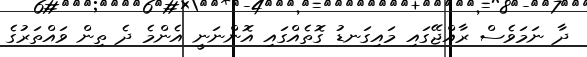
ދާ ނަމަވެސް ރާއްޖޭގައި މައިގަނޑު ގޮތެއްގައި އޮންނަނީ އެންމެ ދެ ތިން ވައްތަރުގެ